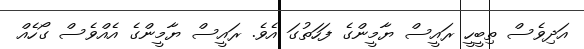
އަދިވެސް ތިބީހީ ރައީސް ޔާމީންގެ ފަހަތުގަ އެވެ. ރައީސް ޔާމީންގެ އެއްވެސް ގޯހެއް